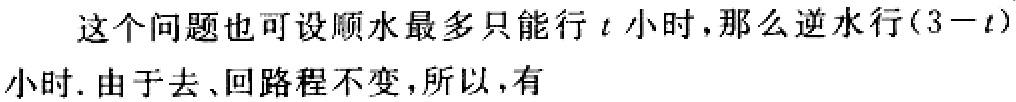
这个问题也可设顺水最多只能行\(t\)小时，那么逆水行\((3 - t)\)小时. 由于去、回路程不变，所以，有